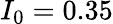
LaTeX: I_{0}=0.35